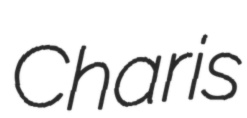
Charis